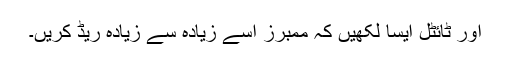
اور ٹائٹل ایسا لکھیں کہ ممبرز اسے زیادہ سے زیادہ ریڈ کریں۔